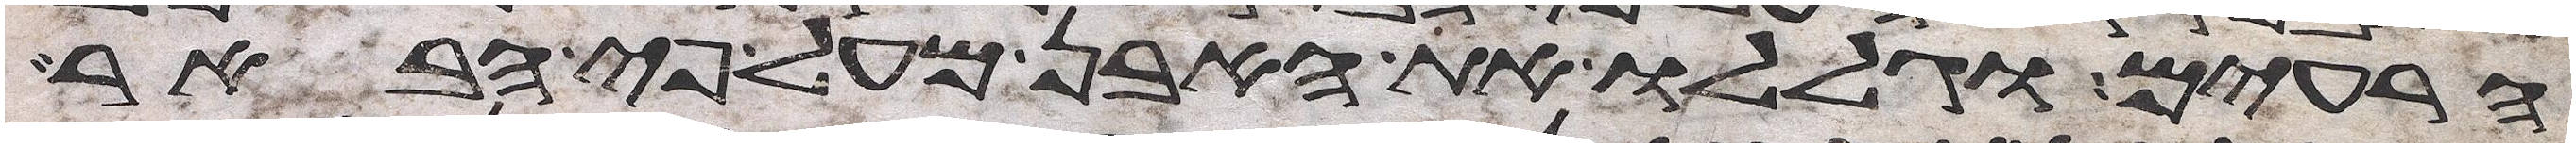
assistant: הרעים וגללו את האבן מעל פי הבאר